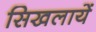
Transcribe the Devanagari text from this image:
सिखलायें